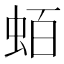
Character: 蛨